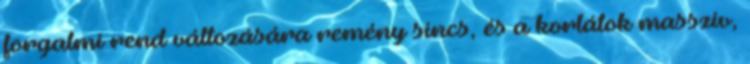
forgalmi rend változására remény sincs, és a korlátok masszív,